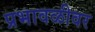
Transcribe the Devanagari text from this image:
प्रभावळीवर